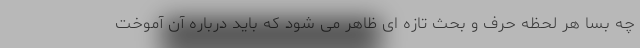
چه بسا هر لحظه حرف و بحث تازه ای ظاهر می شود که باید درباره آن آموخت